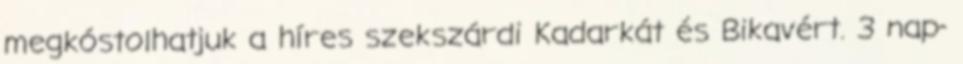
megkóstolhatjuk a híres szekszárdi Kadarkát és Bikavért. 3 nap-